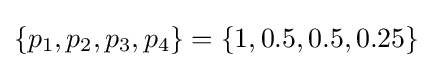
\lbrace p_{1},p_{2},p_{3},p_{4}\rbrace =\lbrace 1,0.5,0.5,0.25\rbrace